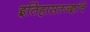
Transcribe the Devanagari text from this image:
इतिहासतज्ज्ञांचे